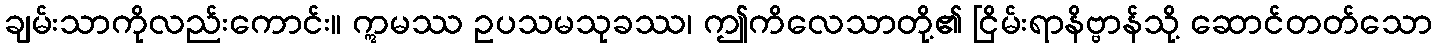
ချမ်းသာကိုလည်းကောင်း။ ဣမဿ ဥပသမသုခဿ၊ ဤကိလေသာတို့၏ ငြိမ်းရာနိဗ္ဗာန်သို့ ဆောင်တတ်သော